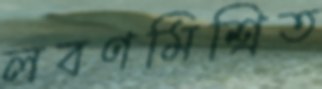
লবণমিশ্রিত